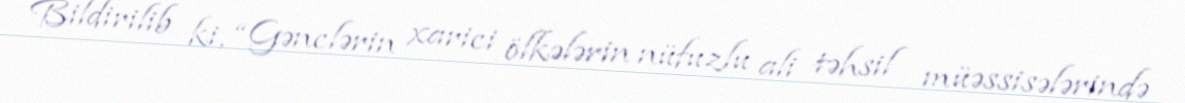
Bildirilib ki, “Gənclərin xarici ölkələrin nüfuzlu ali təhsil müəssisələrində